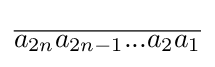
{\overline {a_{2n}a_{2n-1}...a_{2}a_{1}}}